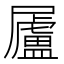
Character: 𡳬